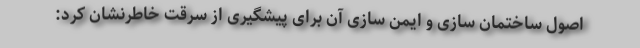
اصول ساختمان سازی و ایمن سازی آن برای پیشگیری از سرقت خاطرنشان کرد: